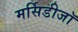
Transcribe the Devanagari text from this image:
मर्सिडीजॉ